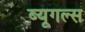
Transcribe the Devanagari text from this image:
ब्यूगल्स